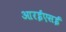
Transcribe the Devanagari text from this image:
आरईएसई